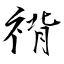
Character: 禙